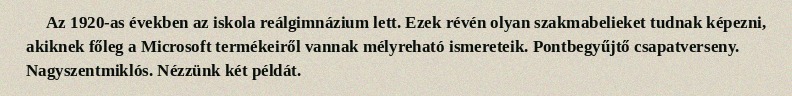
Az 1920-as években az iskola reálgimnázium lett. Ezek révén olyan szakmabelieket tudnak képezni, akiknek főleg a Microsoft termékeiről vannak mélyreható ismereteik. Pontbegyűjtő csapatverseny. Nagyszentmiklós. Nézzünk két példát.